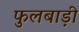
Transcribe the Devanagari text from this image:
फुलबाड़ी